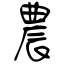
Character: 農